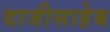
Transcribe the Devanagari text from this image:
दाजीसाहेब